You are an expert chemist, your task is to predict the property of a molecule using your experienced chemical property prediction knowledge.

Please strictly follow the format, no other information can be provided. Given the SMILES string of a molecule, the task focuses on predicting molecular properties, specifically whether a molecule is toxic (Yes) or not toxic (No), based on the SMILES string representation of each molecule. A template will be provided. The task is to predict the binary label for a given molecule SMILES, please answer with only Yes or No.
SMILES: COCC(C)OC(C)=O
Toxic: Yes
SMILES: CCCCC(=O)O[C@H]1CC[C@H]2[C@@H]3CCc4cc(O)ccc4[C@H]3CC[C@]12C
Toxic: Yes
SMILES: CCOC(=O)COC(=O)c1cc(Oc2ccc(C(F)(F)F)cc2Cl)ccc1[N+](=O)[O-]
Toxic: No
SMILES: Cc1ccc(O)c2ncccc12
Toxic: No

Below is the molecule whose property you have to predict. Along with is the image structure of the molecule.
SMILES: CN(CCCCCCCCCCN(C)C(=O)Oc1ccccc1[N+](C)(C)C)C(=O)Oc1ccccc1[N+](C)(C)C
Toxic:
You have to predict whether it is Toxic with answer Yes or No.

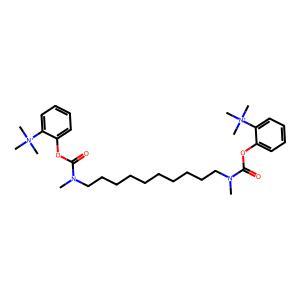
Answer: No